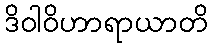
ဒိဝါဝိဟာရာယာတိ